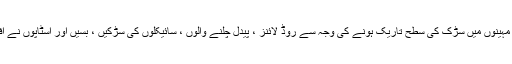
ازمیر میٹروپولیٹن بلدیہ کا محکمہ ٹریفک سروسز ، موسم گرما کے مہینوں میں سڑک کی سطح تاریک ہونے کی وجہ سے روڈ لائنز ، پیدل چلنے والوں ، سائیکلوں کی سڑکیں ، بسیں اور اسٹاپوں نے افقی نشانات کو ظاہر کرنے کے لئے صفائی کا کام شروع کردیا ہے۔